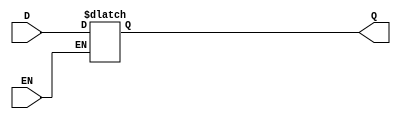
module async_gated_latch (
    input wire D,    // Data Input
    input wire EN,   // Enable Signal
    output reg Q     // Output
);

// Always block that is sensitive to the enable signal
always @(*) begin
    if (EN) begin
        Q <= D;     // Capture input D when EN is high
    end
    // When EN is low, Q retains its last value (no assignment needed)
end

endmodule